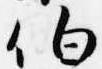
伯